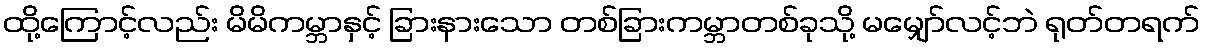
ထို့ကြောင့်လည်း မိမိကမ္ဘာနှင့် ခြားနားသော တစ်ခြားကမ္ဘာတစ်ခုသို့ မမျှော်လင့်ဘဲ ရုတ်တရက်